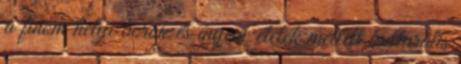
a finom helyi borok és ínyenc ételek mellett kulturális